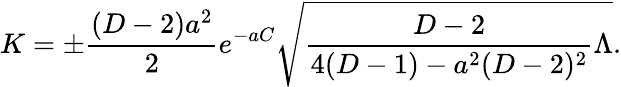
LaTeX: K=\pm{\frac{(D-2)a^{2}}{2}}e^{-aC}\sqrt{{\frac{D-2}{4(D-1)-a^{2}(D-2)^{2}}}\Lambda}.